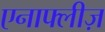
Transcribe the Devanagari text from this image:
एनाफ्लीज़